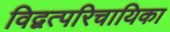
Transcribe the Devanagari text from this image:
विद्वत्परिचायिका